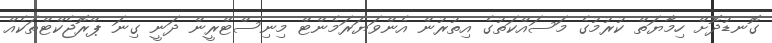
ގޮނޑުދޮށް ހިމާޔަތް ކުރުމުގެ މަސައްކަތުގެ އިތުރުން އެންވަޔަރަމެންޓް މިނިސްޓްރީން ދަނީ ގިނަ ޕްރޮޖެކްޓްތަކެއް